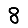
Digit: 8